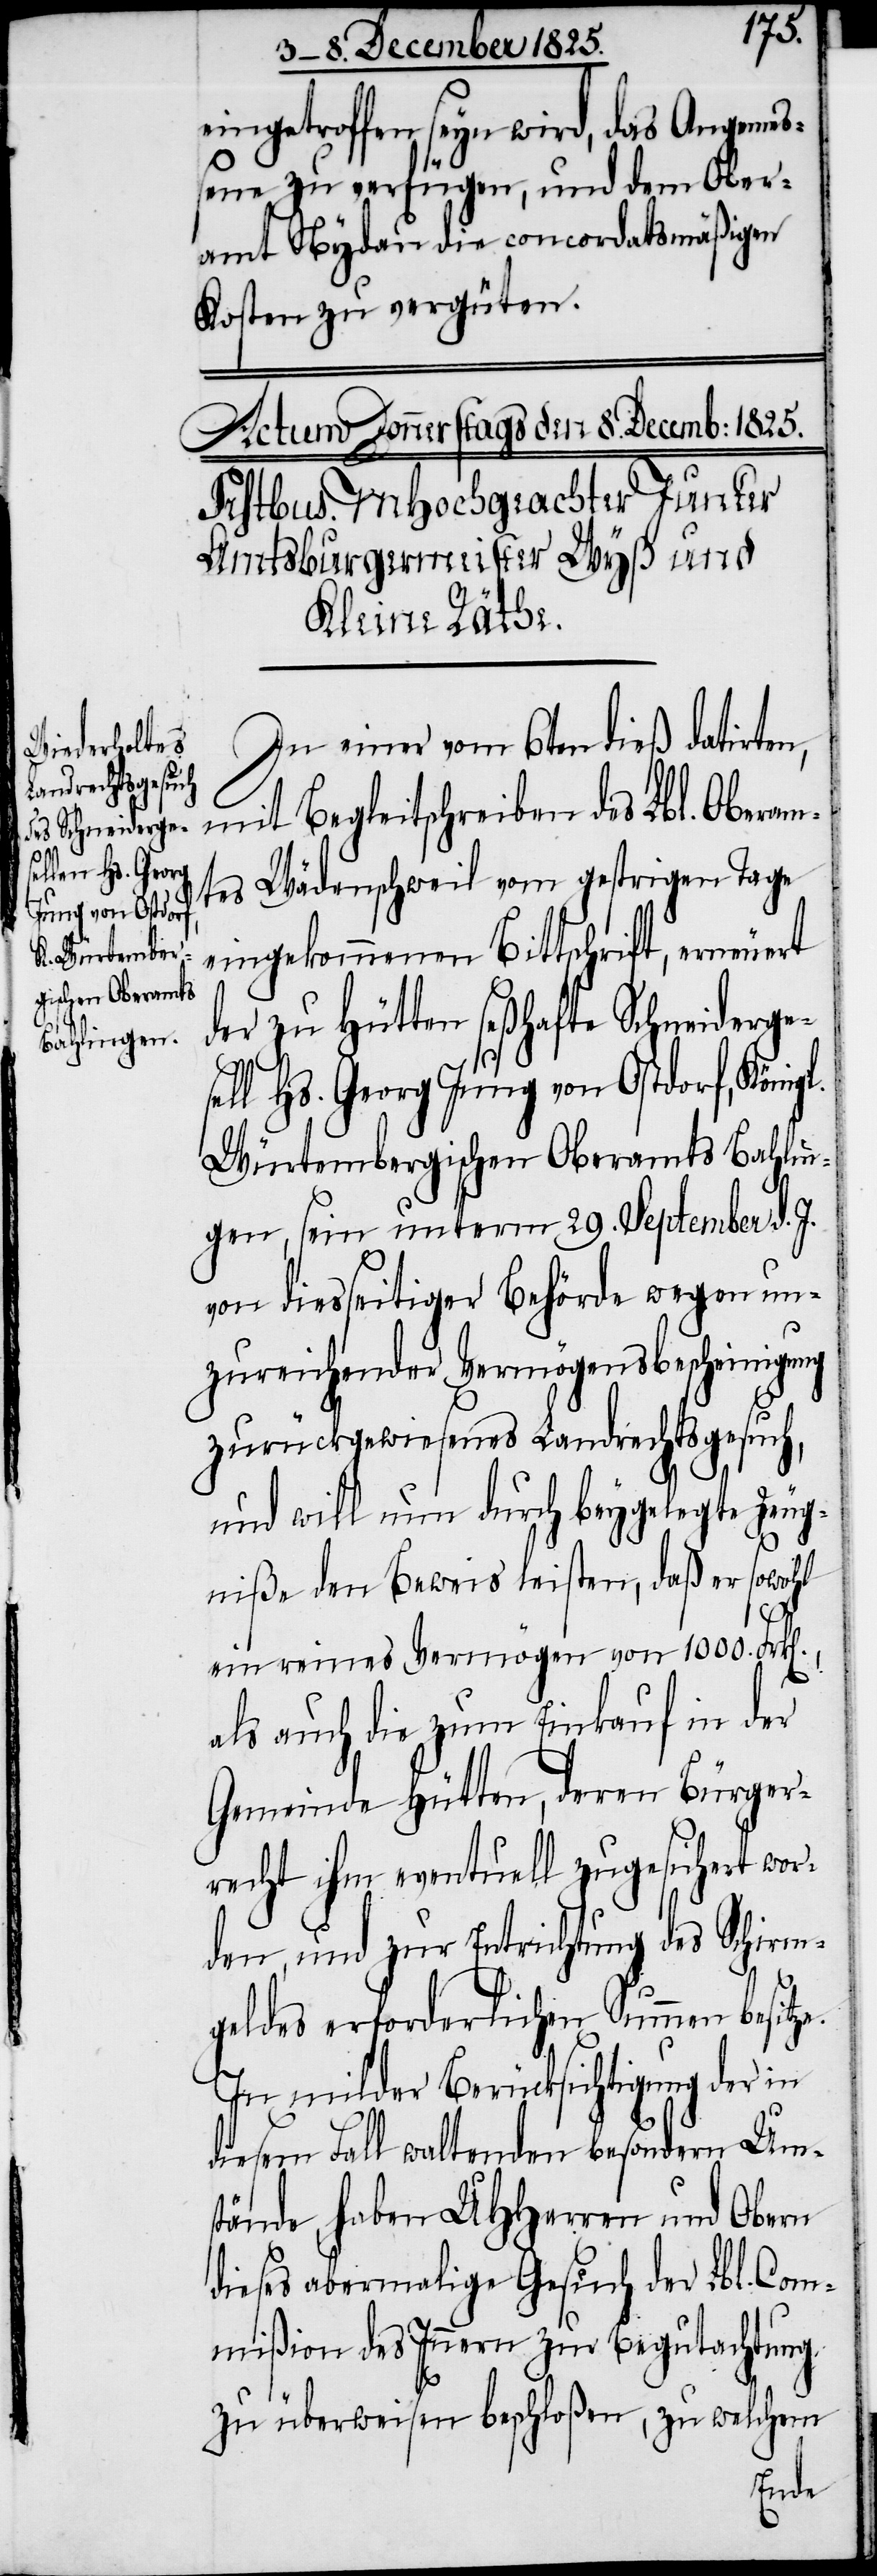
n].,
eingetroffen seyn wird, das Angeme¬
ßene zu verfügen, und dem Ober¬
amt Nydau die concordatsmäßigen
Kosten zu vergüten.
In einer vom 6ten dieß datirten,
mit Begleitschreiben des Lbl. Oberam¬
tes Wädenschweil vom gestrigen Tage
eingekommenen Bittschrift, erneuert
der zu Hütten seßhafte Schneiderge¬
sell Hs. Georg Jung von Ostdorf, König¬
Würtembergischen Oberamts Bahlin¬
gen, sein unterm 29. September d. J.
von diesseitiger Behörde wegen un¬
zureichender Vermögensbescheinigung
zurückgewiesenes Landrechtsgesuch,
e.
und will nun durch beygelegte Zeug¬
niße den Beweis leisten, daß er sowohl
ein reines Vermögen von 100. Frk[e¬
als auch die zum Einkauf in der
Gemeinde Hütten, deren Bürger¬
recht ihm eventuell zugesichert wor¬
den, und zur Entrichtung des Schirm¬
geldes erforderlichen Summen besitz¬
In milder Berücksichtigung der in
diesem Fall waltenden besondern Um¬
stände, haben UHHerren und Obern
dieses abermalige Gesuch der Lbl. Com¬
mißion des Innern zu Begutachtung
zu überweisen beschloßen, zu welchem